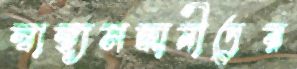
স্বাস্থ্যসন্ধানীদের